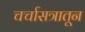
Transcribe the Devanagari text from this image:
चर्चासत्रातून